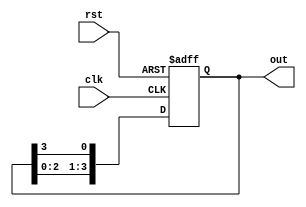
module ring_counter (
    input wire clk,
    input wire rst,
    output reg [3:0] out
);

reg [3:0] state;

always @(posedge clk or posedge rst) begin
    if (rst) begin
        state <= 4'b0001;
    end else begin
        state <= {state[2:0], state[3]};
    end
end

assign out = state;

endmodule